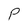
Character: P